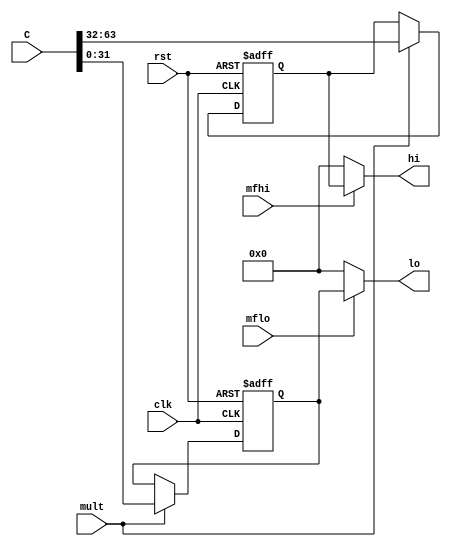

module HILO (clk,rst,mfhi,mflo,hi,lo,mult,C);
 
   input clk,rst,mfhi,mflo,mult;
   input [63:0] C;
   output [31:0] hi,lo;

   reg [31:0] HI,LO;

always@(posedge clk or posedge rst)begin
   if(rst)begin
	HI = 0;
	LO = 0;
end
   else if(mult)begin
	HI = C[63:32];
	LO = C[31:0];
end
 
end

assign hi = (mfhi == 1) ? HI : 0;
assign lo = (mflo == 1) ? LO : 0;
endmodule